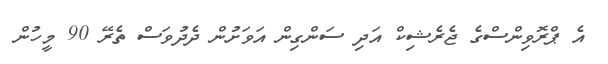
އެ ޕްރޮވިންސްގެ ޖެރެޝިކް އަދި ސަންގިން އަވަށުން ދެދުވަސް ތެރޭ 90 މީހުން